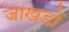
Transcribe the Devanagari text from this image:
जाखडों